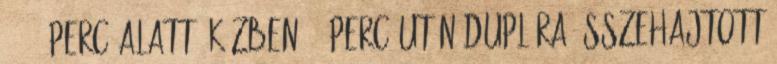
60-70 perc alatt. Közben 40 perc után duplára összehajtott